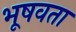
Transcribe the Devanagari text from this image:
भूषवता